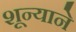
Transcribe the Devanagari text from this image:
शून्याने